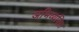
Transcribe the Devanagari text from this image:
अभिव्यक्त्ति